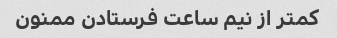
کمتر از نیم ساعت فرستادن ممنون